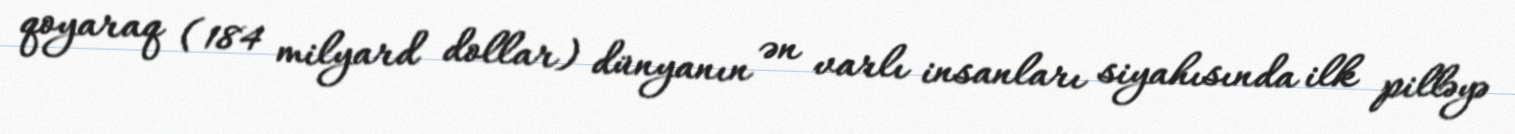
qoyaraq (184 milyard dollar) dünyanın ən varlı insanları siyahısında ilk pilləyə